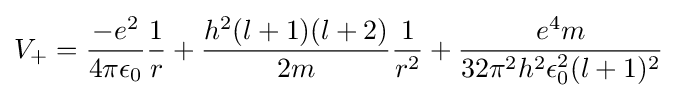
V_{+}={\frac {-e^{2}}{4\pi \epsilon _{0}}}{\frac {1}{r}}+{\frac {h^{2}(l+1)(l+2)}{2m}}{\frac {1}{r^{2}}}+{\frac {e^{4}m}{32\pi ^{2}h^{2}\epsilon _{0}^{2}(l+1)^{2}}}